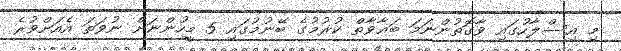
މި އިސްލާހުގައި ވާގޮތުންނަމަ ބަޣާވާތް ކުރުމުގެ ބޭނުމުގައި 5 މީހުންނަށް ނުވަތަ އެއަށްވުރެ